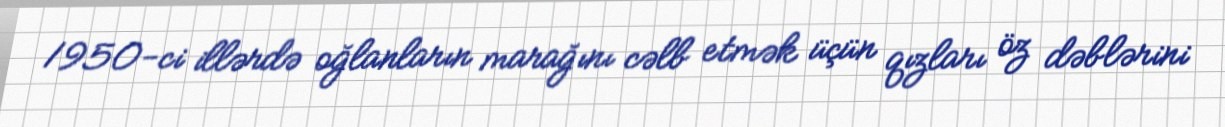
1950-ci illərdə oğlanların marağını cəlb etmək üçün qızları öz dəblərini